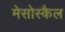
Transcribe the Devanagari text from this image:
मेसोस्कैल